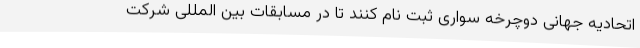
اتحادیه جهانی دوچرخه سواری ثبت نام کنند تا در مسابقات بین المللی شرکت